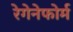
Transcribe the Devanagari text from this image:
रेगेनेफोर्म